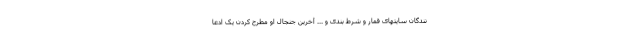
نندگان سایتهای قمار و شرط بندی و ... آخرین جنجال او مطرح کردن یک ادعا